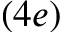
( 4 e )